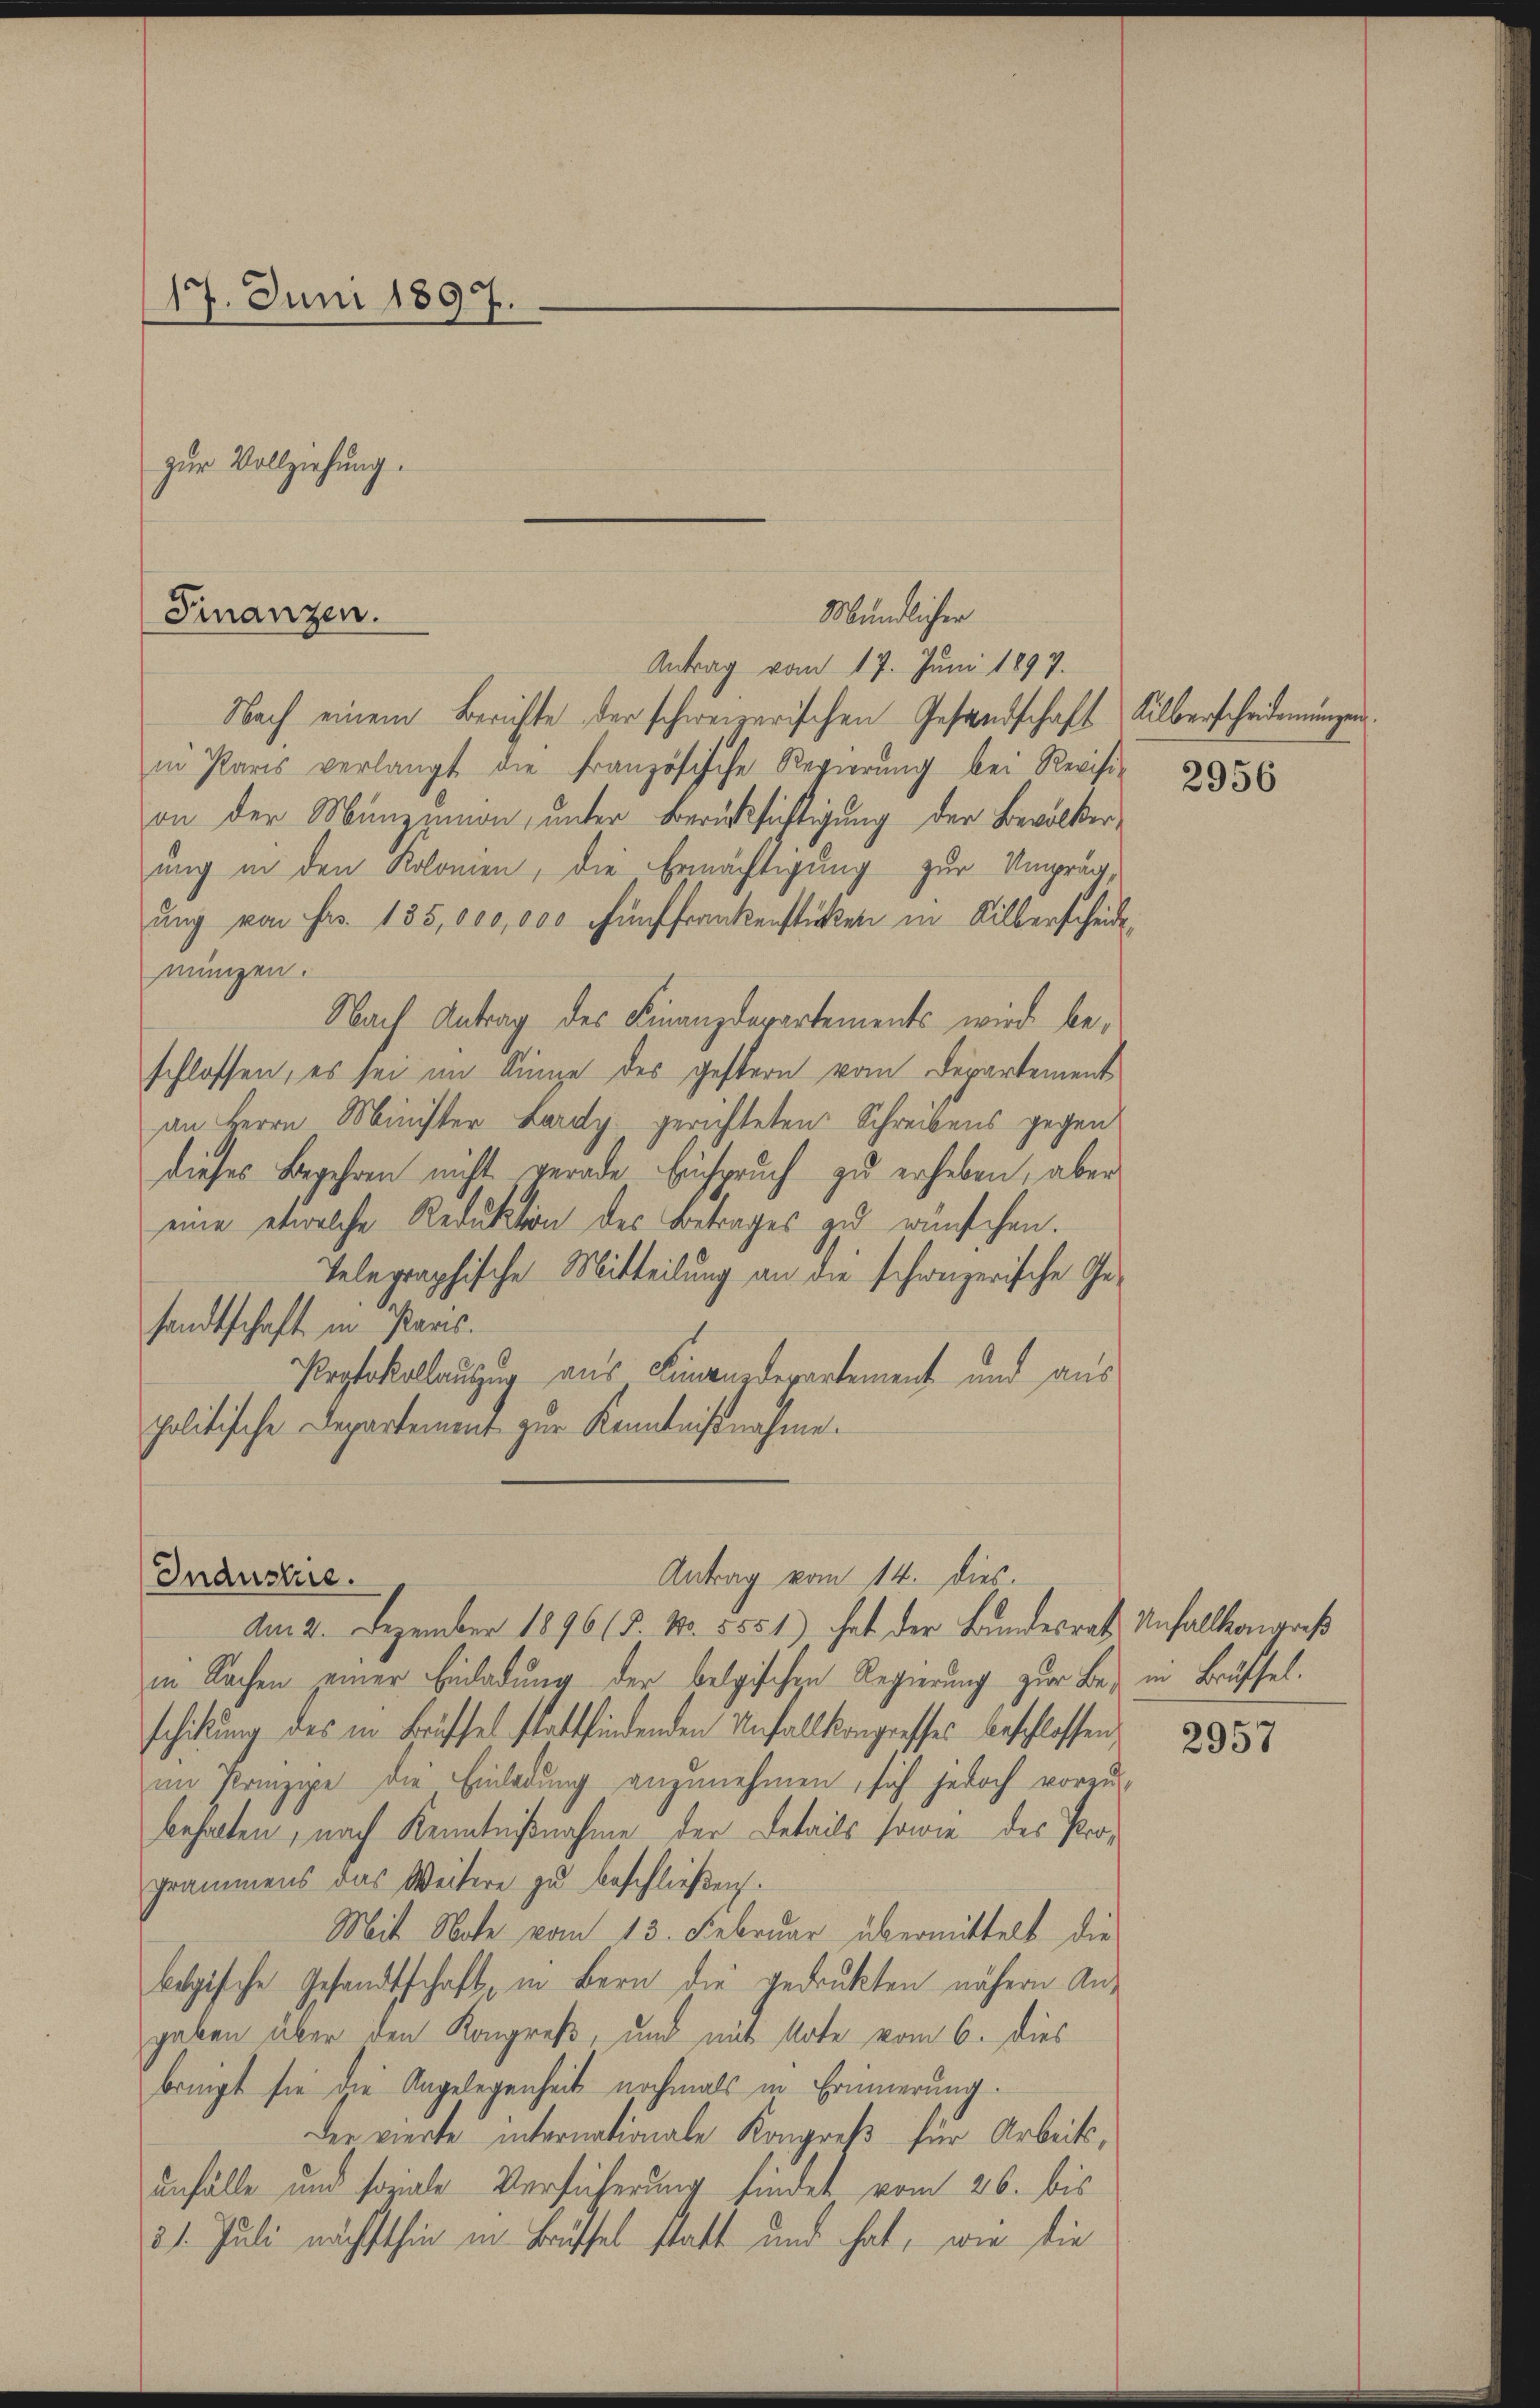
17. Juni 1897.

Finanzen.

zur Vollziehung.

Antrag vom 17. Juni 1897.
Nach einem Berichte der schweizerischen Gesandschaft Silberscheidenŭngen.
in Paris verlangt die französische Regierŭng bei Revisi-
on der Münzenon, unter Berücksichtigung der Bevölkerung in den Kolonien, die Ermächtigung zur Umprägung von Fr. 135,000,000 Fünffrankenstücken in Silberscheide
mungen.
Nach Antrag des Finanzdepartements wird beschlossen, es sei im Sinne des gestern vom Departement
an Herrn Minister Lardy gerichteten Schreibens gegen
dieses Begehren nicht verade Einspruch zu erheben, aber
eine etwalche Reduktion des Betrages zu wünschen.
Telegraphische Mitteilung an die schweizerische Ge-
sandtschaft in Paris.
Poptokollauszug aus Finanzdepartement und aus
politische Departement zur Kenntnißnahme.
Antrag vom 14. dies
Industrie.
Am 2. Dezember 1896 (5. No. 5551) hat der Bundesrath Unfallkongreß
in Sachen einer Einladung der belgischen Regierung zur Be- in Brüssel.
schikung des in Brüssel stattfindenden Unfallkongresses geschlossen,
im Prinzipe die Einladung anzunehmen, sich jedoch voraus-
behalten, nach Kenntnißnahme der Details sowie des Programmens das Weitere zu beschließen.
Mit Note vom 13. Februar übermittelt die
belgische Gesandtschaft, in Bern die gedrukten nähern Angaben über den Kongreß, und mit Note vom 6. dies
bringt sie die Angelegenheit nochmals in Erinnerung.
Der vierte internationale Kongreß für Arbeits,
unfälle und soziale Versicherung findet vom 26. bis
21. Juli nächsthin in Brüschel statt und hat, wie die

Mündlichen

2956

2957